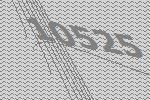
10525